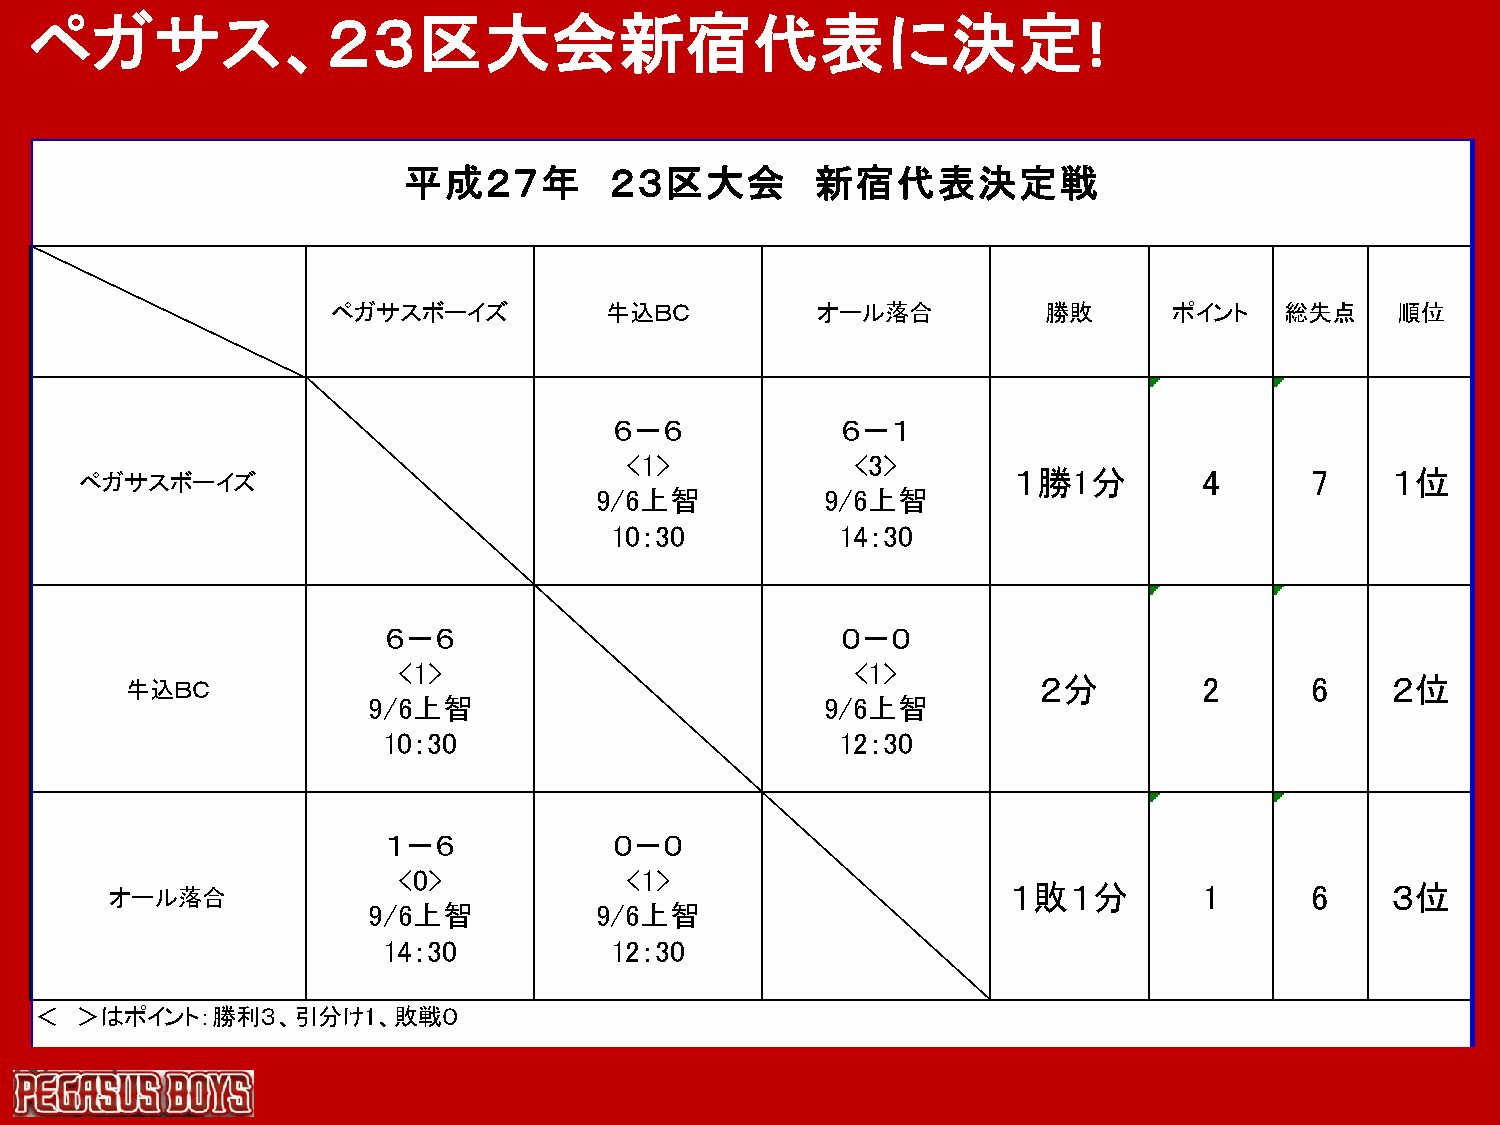
ペガサス、２３区大会新宿代表に決定
 !
 平成２７年        ２３区大会         新宿代表決定戦
 ペガサスボーイズ          牛込ＢＣ          オール落合          勝敗       ポイント   総失点    順位
 ６－６            ６－１
 <1>             <3>
 ペガサスボーイズ                                                      １勝1分         4      7    １位
 9/6上智           9/6上智
 10：30           14：30
 ６－６                            ０－０
 <1>                            <1>
 牛込ＢＣ                                                         ２分         2      6    ２位
 9/6上智                          9/6上智
 10：30                          12：30
 １－６             ０－０
 <0>            <1>
 オール落合                                                       １敗１分         1      6    ３位
 9/6上智          9/6上智
 14：30          12：30
 ＜  ＞はポイント：勝利３、引分け1、敗戦０